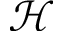
\mathcal { H }